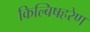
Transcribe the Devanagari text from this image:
किल्बिषहरेण